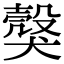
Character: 𤠼